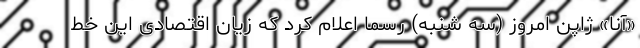
«آنا» ژاپن امروز (سه شنبه) رسما اعلام کرد که زیان اقتصادی این خط